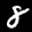
Label: 8